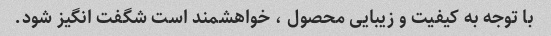
با توجه به کیفیت و زیبایی محصول ، خواهشمند است شگفت انگیز شود.